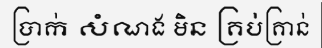
ប្រាក់ សំណង មិន គ្រប់គ្រាន់